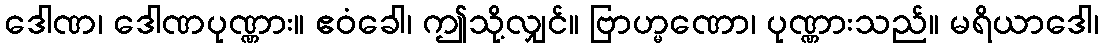
ဒေါဏ၊ ဒေါဏပုဏ္ဏား။ ဧဝံခေါ၊ ဤသို့လျှင်။ ဗြာဟ္မဏော၊ ပုဏ္ဏားသည်။ မရိယာဒေါ၊